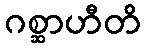
ဂစ္ဆာဟီတိ